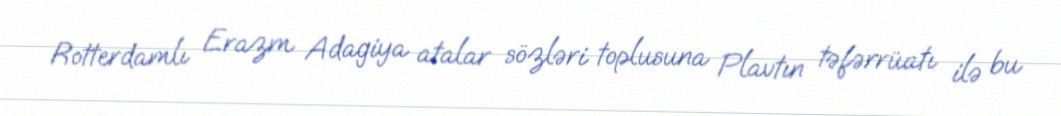
Rotterdamlı Erazm Adagiya atalar sözləri toplusuna Plavtın təfərrüatı ilə bu